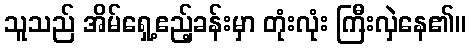
သူသည် အိမ်ရှေ့ဧည့်ခန်းမှာ တုံးလုံး ကြီးလှဲနေ၏။